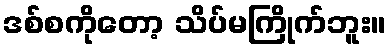
ဒစ်စကိုတော့ သိပ်မကြိုက်ဘူး။